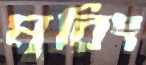
মুরিং